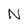
Character: N